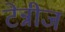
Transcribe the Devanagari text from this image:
टेन्नीज